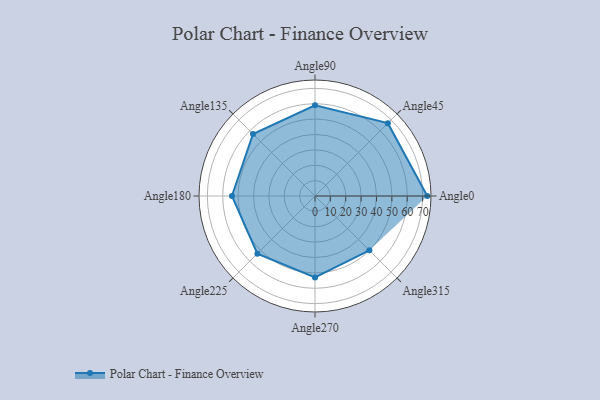
{"axis": {"x": "Angle", "y": "Radius"}, "legend": [""], "data": [{"x": "Angle0", "y": 73.0, "type": ""}, {"x": "Angle45", "y": 67.0, "type": ""}, {"x": "Angle90", "y": 59.0, "type": ""}, {"x": "Angle135", "y": 57.0, "type": ""}, {"x": "Angle180", "y": 54.0, "type": ""}, {"x": "Angle225", "y": 53.0, "type": ""}, {"x": "Angle270", "y": 53.0, "type": ""}, {"x": "Angle315", "y": 50, "type": ""}]}